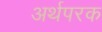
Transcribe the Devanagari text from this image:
अर्थपरक